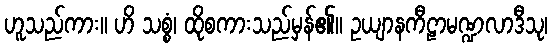
ဟူသည်ကား။ ဟိ သစ္စံ၊ ထိုစကားသည်မှန်၏။ ဥယျာနကီဠာမဏ္ဍလာဒီသု၊